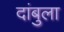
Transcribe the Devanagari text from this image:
दांबुला